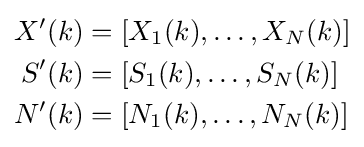
{\begin{aligned}X'(k)&=[X_{1}(k),\dots ,X_{N}(k)]\\S'(k)&=[S_{1}(k),\dots ,S_{N}(k)]\\N'(k)&=[N_{1}(k),\dots ,N_{N}(k)]\end{aligned}}